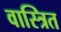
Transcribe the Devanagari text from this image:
वास्त्रित